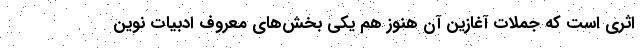
اثری است که جملات آغازین آن هنوز هم یکی بخش‌های معروف ادبیات نوین